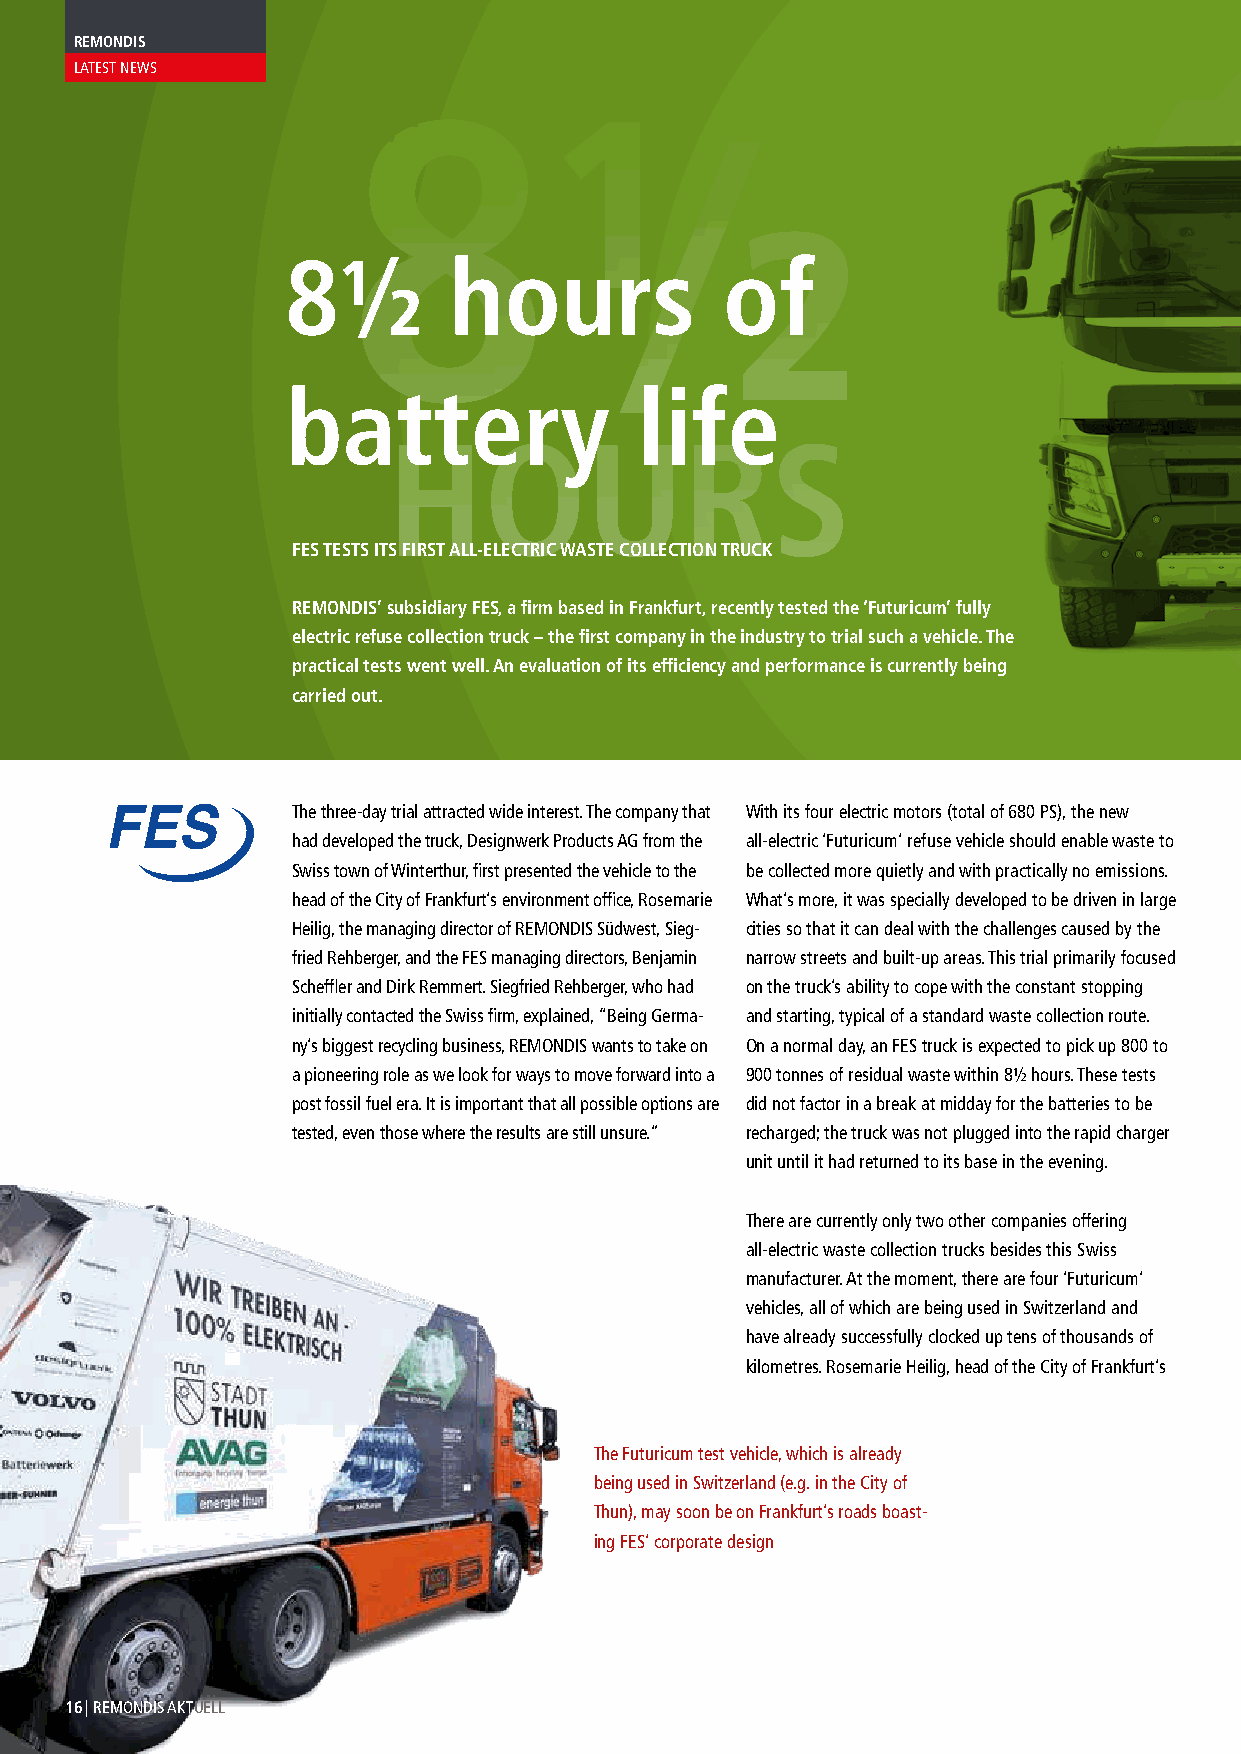
REMONDIS
 LATEST NEWS
 8½
 8½         hours             of
 battery                life
 HOURS
 FES TESTS ITS FIRST ALL-ELECTRIC WASTE COLLECTION TRUCK
 REMONDIS’ subsidiary FES, a firm based in Frankfurt, recently tested the ‘Futuricum’ fully
 electric refuse collection truck – the first company in the industry to trial such a vehicle. The
 practical tests went well. An evaluation of its efficiency and performance is currently being
 carried out.
 The three-day trial attracted wide interest. The company that With its four electric motors (total of 680 PS), the new
 had developed the truck, Designwerk Products AG from the all-electric ‘Futuricum’ refuse vehicle should enable waste to
 Swiss town of Winterthur, first presented the vehicle to the be collected more quietly and with practically no emissions.
 head of the City of Frankfurt’s environment office, Rosemarie What’s more, it was specially developed to be driven in large
 Heilig, the managing director of REMONDIS Südwest, Sieg- cities so that it can deal with the challenges caused by the
 fried Rehberger, and the FES managing directors, Benjamin narrow streets and built-up areas. This trial primarily focused
 Scheffler and Dirk Remmert. Siegfried Rehberger, who had on the truck’s ability to cope with the constant stopping
 initially contacted the Swiss firm, explained, “Being Germa- and starting, typical of a standard waste collection route.
 ny’s biggest recycling business, REMONDIS wants to take on On a normal day, an FES truck is expected to pick up 800 to
 a pioneering role as we look for ways to move forward into a 900 tonnes of residual waste within 8½ hours. These tests
 post fossil fuel era. It is important that all possible options are did not factor in a break at midday for the batteries to be
 tested, even those where the results are still unsure.” recharged; the truck was not plugged into the rapid charger
 unit until it had returned to its base in the evening.
 There are currently only two other companies offering
 all-electric waste collection trucks besides this Swiss
 manufacturer. At the moment, there are four ‘Futuricum’
 vehicles, all of which are being used in Switzerland and
 have already successfully clocked up tens of thousands of
 kilometres. Rosemarie Heilig, head of the City of Frankfurt’s
 The Futuricum test vehicle, which is already
 being used in Switzerland (e.g. in the City of
 Thun), may soon be on Frankfurt’s roads boast-
 ing FES’ corporate design
 16 | REMONDIS AKTUELL